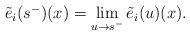
LaTeX: \begin{align*}\begin{array}{l}\tilde{e}_i(s^-)(x)=\lim\limits_{u\rightarrow s^-} \tilde{e}_i(u)(x).\end{array}\end{align*}